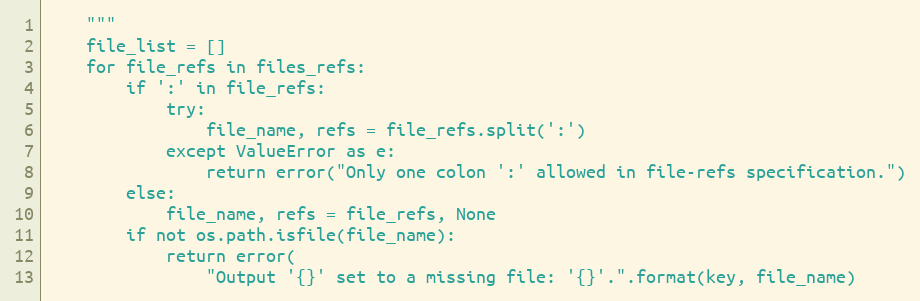
Language: Python
    """
    file_list = []
    for file_refs in files_refs:
        if ':' in file_refs:
            try:
                file_name, refs = file_refs.split(':')
            except ValueError as e:
                return error("Only one colon ':' allowed in file-refs specification.")
        else:
            file_name, refs = file_refs, None
        if not os.path.isfile(file_name):
            return error(
                "Output '{}' set to a missing file: '{}'.".format(key, file_name)